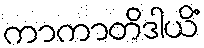
ကာကာတိဒါယိံ